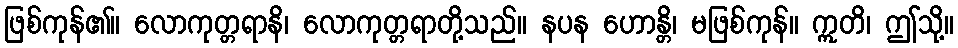
ဖြစ်ကုန်၏။ လောကုတ္တရာနိ၊ လောကုတ္တရာတို့သည်။ နပန ဟောန္တိ၊ မဖြစ်ကုန်။ ဣတိ၊ ဤသို့။